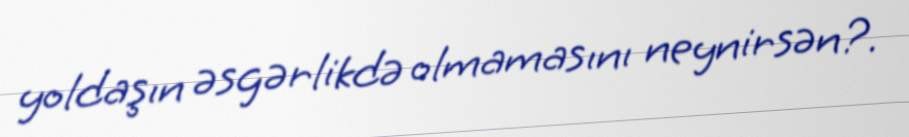
yoldaşın əsgərlikdə olmamasını neynirsən?.